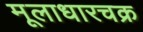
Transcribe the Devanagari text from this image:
मूलाधारचक्र